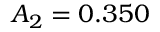
A _ { 2 } = 0 . 3 5 0